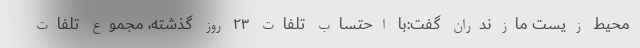
محیط زیست مازندران گفت:با احتساب تلفات ۲۳ روز گذشته، مجموع تلفات